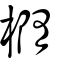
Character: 橢